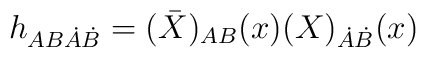
h_{AB \dot{A} \dot{B}} = (\bar{X})_{AB} (x) (X)_{\dot{A} \dot{B}} (x)